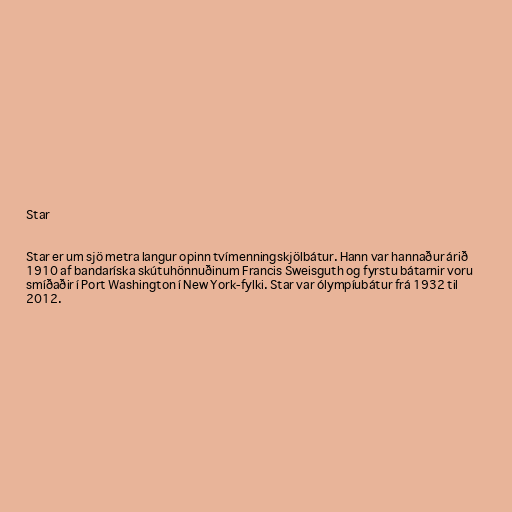
Star

Star er um sjö metra langur opinn tvímenningskjölbátur. Hann var hannaður árið
1910 af bandaríska skútuhönnuðinum Francis Sweisguth og fyrstu bátarnir voru
smíðaðir í Port Washington í New York-fylki. Star var ólympíubátur frá 1932 til
2012.